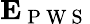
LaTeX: \mathbf{E}_{\mathrm{~P~W~S~}}